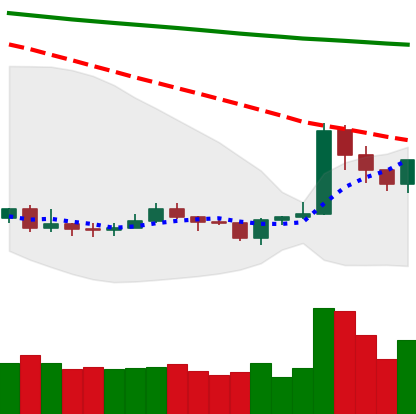
Ticker: XRP-USD
Chart end date: 2020-01-10
Forward return: 9.698%
Label: up_7plus